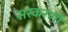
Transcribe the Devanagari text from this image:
सस्करणों